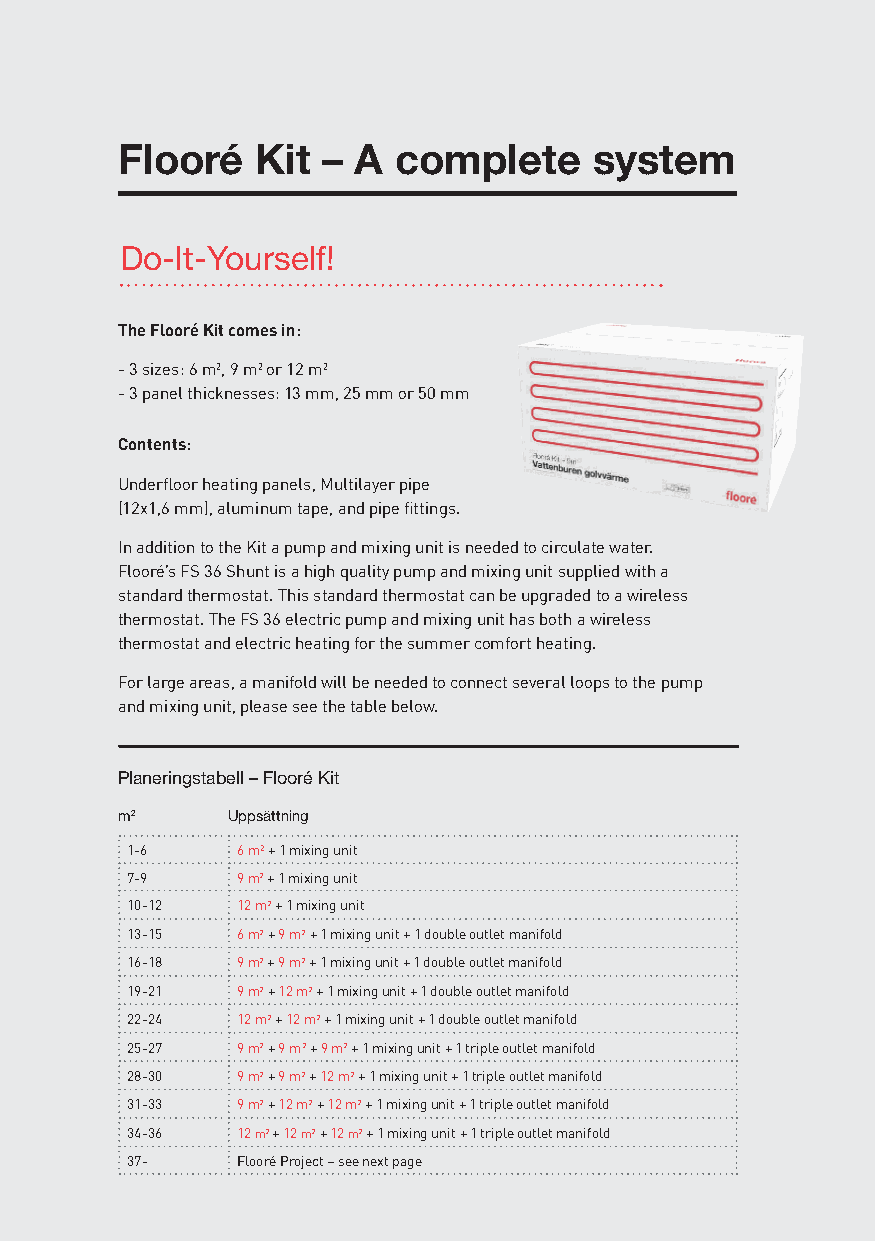
Flooré   Kit – A  complete     system
 Do-It-Yourself!
 The Flooré Kit comes in:
 - 3 sizes: 6 m2, 9 m2 or 12 m2
 - 3 panel thicknesses: 13 mm, 25 mm or 50 mm
 Contents:
 Underfloor heating panels, Multilayer pipe
 (12x1,6 mm), aluminum tape, and pipe fittings.
 In addition to the Kit a pump and mixing unit is needed to circulate water.
 Flooré’s FS 36 Shunt is a high quality pump and mixing unit supplied with a
 standard thermostat. This standard thermostat can be upgraded to a wireless
 thermostat. The FS 36 electric pump and mixing unit has both a wireless
 thermostat and electric heating for the summer comfort heating.
 For large areas, a manifold will be needed to connect several loops to the pump
 and mixing unit, please see the table below.
 Planeringstabell – Flooré Kit
 m2     Uppsättning
 1-6     6 m2 + 1 mixing unit
 7-9     9 m2 + 1 mixing unit
 10-12   12 m2 + 1 mixing unit
 13-15   6 m2 + 9 m2 + 1 mixing unit + 1 double outlet manifold
 16-18   9 m2 + 9 m2 + 1 mixing unit + 1 double outlet manifold
 19-21   9 m2 + 12 m2 + 1 mixing unit + 1 double outlet manifold
 22-24   12 m2 + 12 m2 + 1 mixing unit + 1 double outlet manifold
 25-27   9 m2 + 9 m2 + 9 m2 + 1 mixing unit + 1 triple outlet manifold
 28-30   9 m2 + 9 m2 + 12 m2 + 1 mixing unit + 1 triple outlet manifold
 31-33   9 m2 + 12 m2 + 12 m2 + 1 mixing unit + 1 triple outlet manifold
 34-36   12 m2 + 12 m2 + 12 m2 + 1 mixing unit + 1 triple outlet manifold
 37-     Flooré Project – see next page